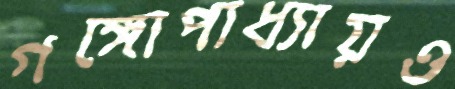
গঙ্গোপাধ্যায়ও